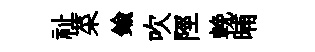
祉菜鍮吹陘輓晡